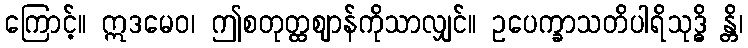
ကြောင့်။ ဣဒမေဝ၊ ဤစတုတ္ထဈာန်ကိုသာလျှင်။ ဥပေက္ခာသတိပါရိသုဒ္ဓိ န္တိ၊